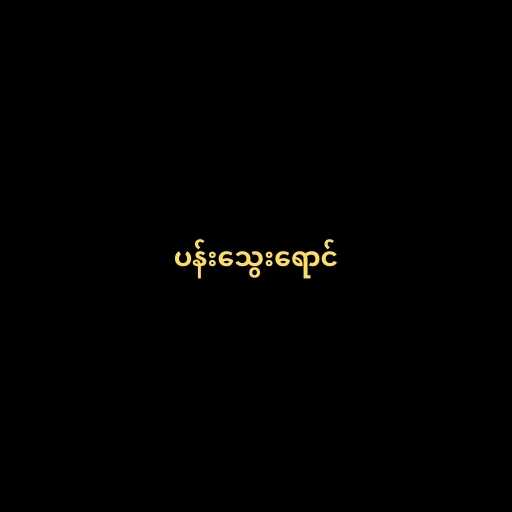
ပန်းသွေးရောင်